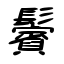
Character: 鬢